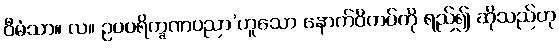
ဝီမံသာ။ လ။ ဥပပရိက္ခဏပညာ’ဟူသော နောက်ဝိကပ်ကို ရည်၍ ဆိုသည်ဟု